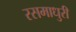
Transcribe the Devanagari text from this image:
रसमाधुरी